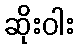
ဆိုးဝါး